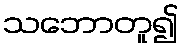
သဘောတူ၍